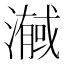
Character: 𭲼